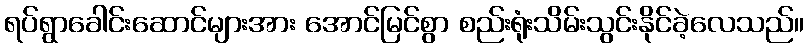
ရပ်ရွာခေါင်းဆောင်များအား အောင်မြင်စွာ စည်းရုံးသိမ်းသွင်းနိုင်ခဲ့လေသည်။